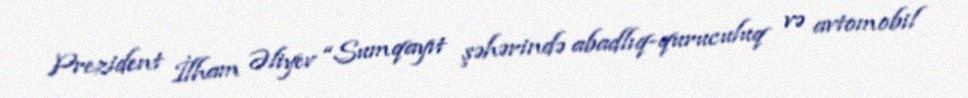
Prezident İlham Əliyev “Sumqayıt şəhərində abadlıq-quruculuq və avtomobil